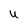
Character: U